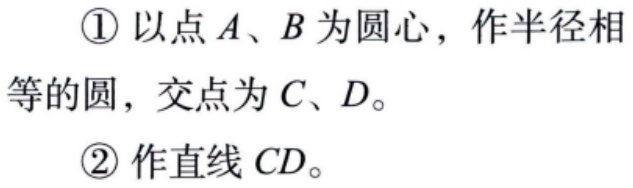
\begin{enumerate}
\item 以点 \(A\)、\(B\) 为圆心，作半径相等的圆，交点为 \(C\)、\(D\)。
\item 作直线 \(CD\)。
\end{enumerate}